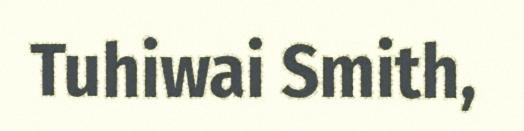
Tuhiwai Smith,